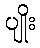
ပျိုး